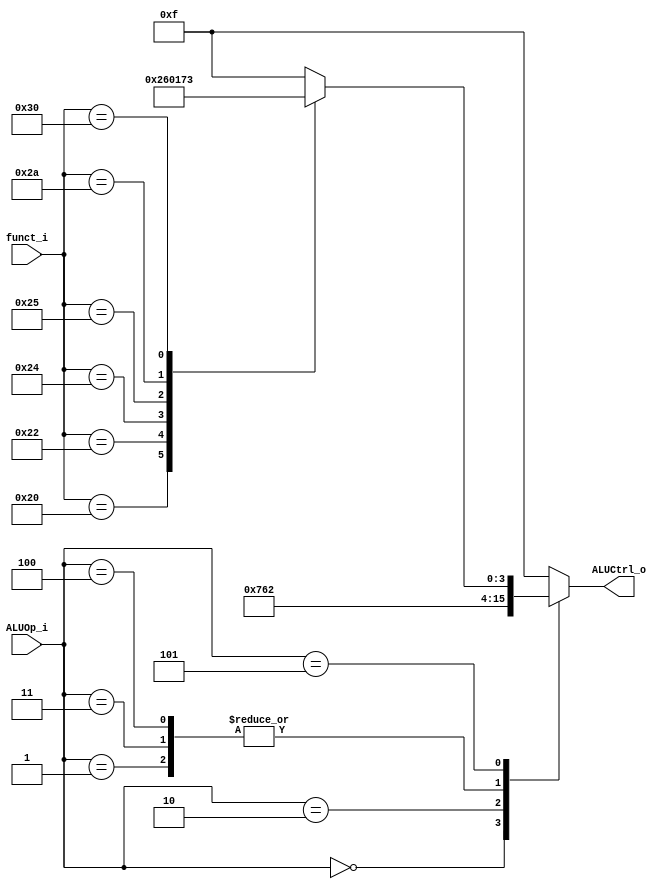
//Subject:     CO project 2 - ALU Controller
//--------------------------------------------------------------------------------
//Version:     1
//--------------------------------------------------------------------------------
//Writer:       109550020
//----------------------------------------------
//----------------------------------------------
//Description: 
//--------------------------------------------------------------------------------
`timescale 1ns/1ps
module ALU_Control(
          funct_i,
          ALUOp_i,
          ALUCtrl_o
          );
          
//I/O ports 
input      [6-1:0] funct_i;
input      [3-1:0] ALUOp_i;

output     [4-1:0] ALUCtrl_o;    
     
//Internal Signals
reg        [4-1:0] ALUCtrl_o;

//Parameter

//Select exact operation

always@(*)
begin
	case(ALUOp_i)
		0: ALUCtrl_o <= 4'b0111; // slti
		1: ALUCtrl_o <= 4'b0010; // addi
		2: ALUCtrl_o <= 4'b0110; // beq
		3: ALUCtrl_o <= 4'b0010; // sw
		4: ALUCtrl_o <= 4'b0010; // lw
		5: case(funct_i) // R_format
			 6'b100000: ALUCtrl_o <= 4'b0010; // add
			 6'b100010: ALUCtrl_o <= 4'b0110; // sub
			 6'b100100: ALUCtrl_o <= 4'b0000; // and
			 6'b100101: ALUCtrl_o <= 4'b0001; // or
			 6'b101010: ALUCtrl_o <= 4'b0111; // slt
			 6'b110000: ALUCtrl_o <= 4'b0011; // mult
			 default:	ALUCtrl_o <= 4'b1111; // nop
		   endcase
		default: ALUCtrl_o <= 4'b1111; // nop
	endcase
end

endmodule